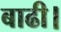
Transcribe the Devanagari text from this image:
बाढी।